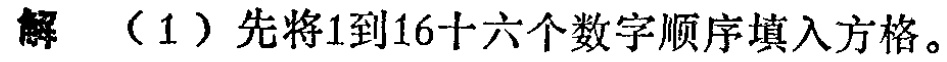
解 （1）先将1到16十六个数字顺序填入方格。